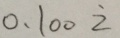
0 . 1 0 0 \dot { 2 }